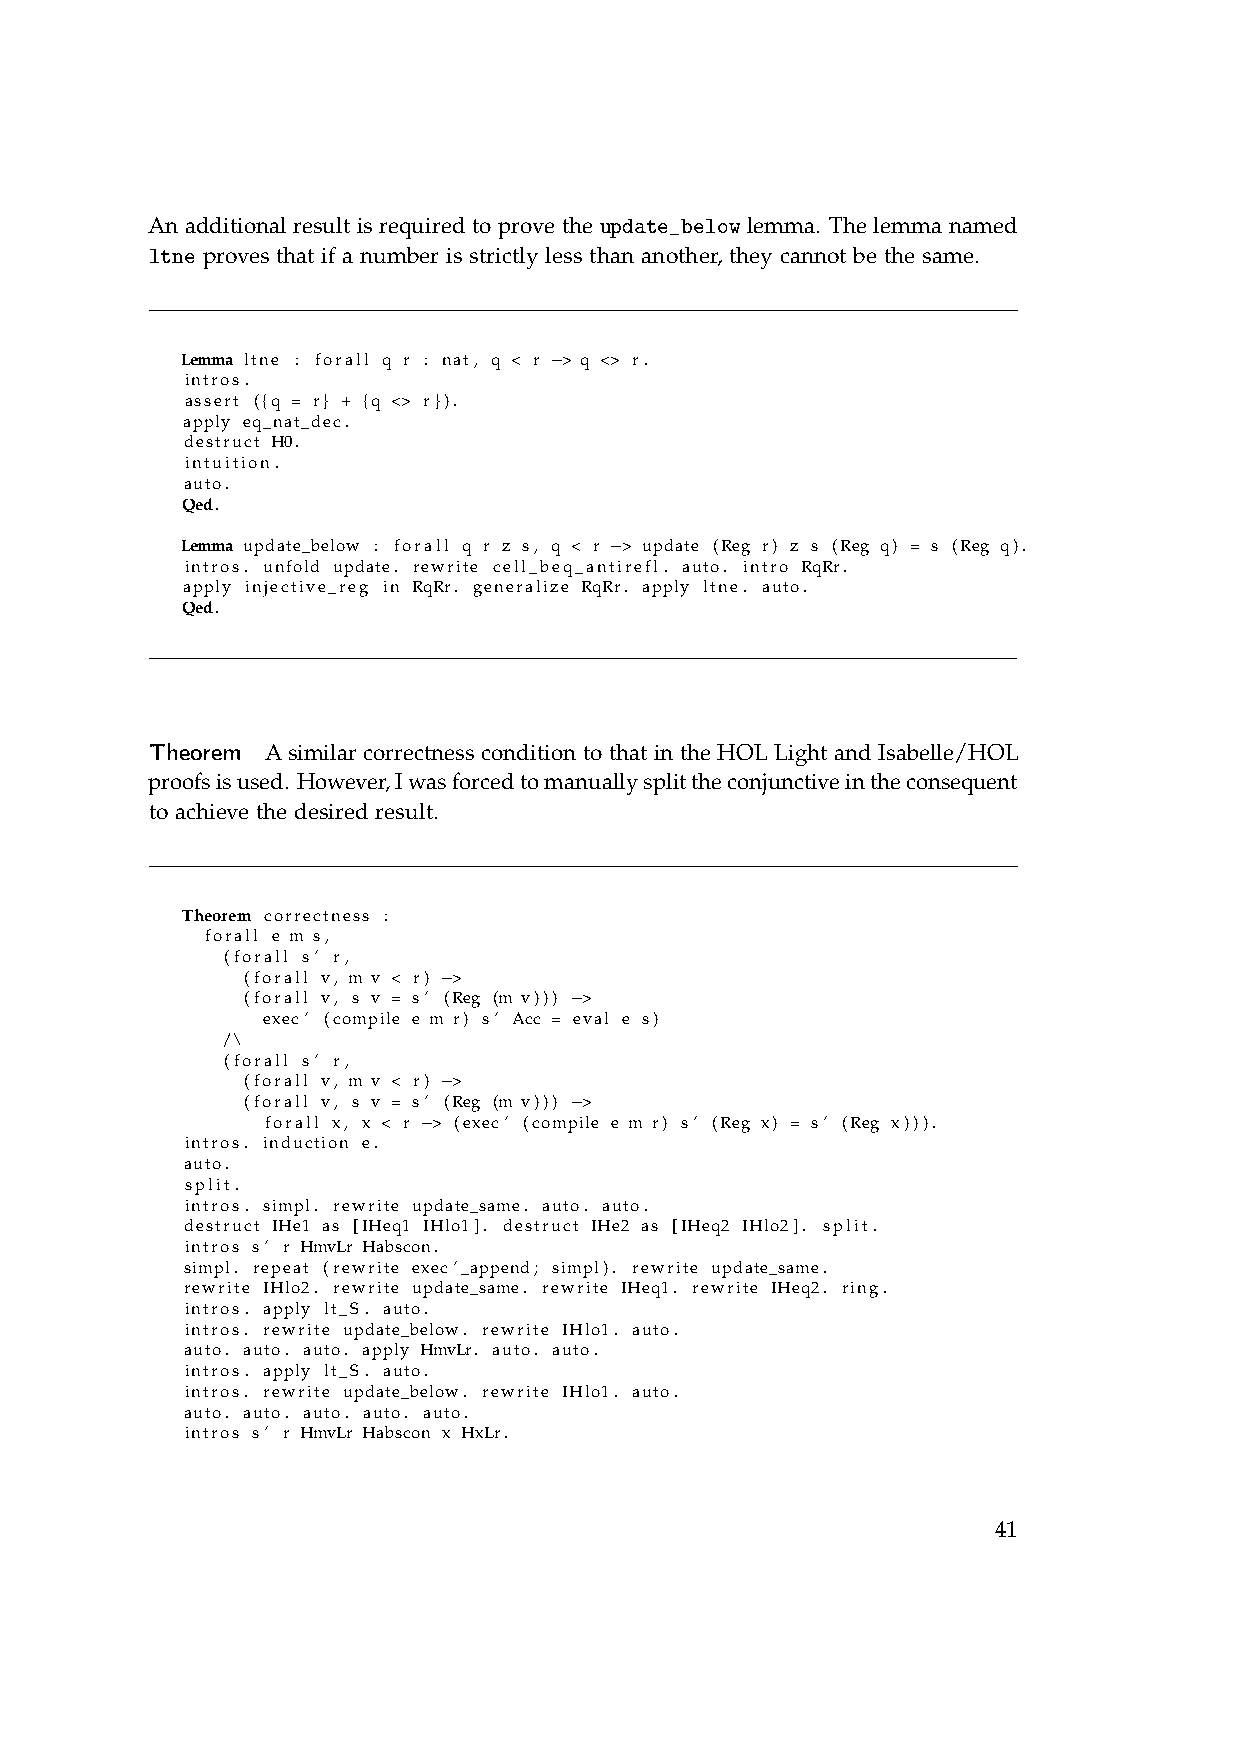
An additional result is required to prove the update_below lemma. The lemma named
 ltne proves that if a number is strictly less than another, they cannot be the same.
 Lemma ltne : forall q r : nat, q < r −> q <> r.
 intros.
 assert ({q = r} + {q <> r}).
 apply eq_nat_dec.
 destruct H0.
 intuition.
 auto.
 Qed.
 Lemma update_below : forall q r z s, q < r −> update (Reg r) z s (Reg q) = s (Reg q).
 intros. unfold update. rewrite cell_beq_antirefl. auto. intro RqRr.
 apply injective_reg in RqRr. generalize RqRr. apply ltne. auto.
 Qed.
 Theorem A similar correctness condition to that in the HOL Light and Isabelle/HOL
 proofsisused. However,Iwasforcedtomanuallysplittheconjunctiveintheconsequent
 to achieve the desired result.
 Theorem correctness :
 forall e m s,
 (forall s’ r,
 (forall v, m v < r) −>
 (forall v, s v = s’ (Reg (m v))) −>
 exec’ (compile e m r) s’ Acc = eval e s)
 /\
 (forall s’ r,
 (forall v, m v < r) −>
 (forall v, s v = s’ (Reg (m v))) −>
 forall x, x < r −> (exec’ (compile e m r) s’ (Reg x) = s’ (Reg x))).
 intros. induction e.
 auto.
 split.
 intros. simpl. rewrite update_same. auto. auto.
 destruct IHe1 as [IHeq1 IHlo1]. destruct IHe2 as [IHeq2 IHlo2]. split.
 intros s’ r HmvLr Habscon.
 simpl. repeat (rewrite exec’_append; simpl). rewrite update_same.
 rewrite IHlo2. rewrite update_same. rewrite IHeq1. rewrite IHeq2. ring.
 intros. apply lt_S. auto.
 intros. rewrite update_below. rewrite IHlo1. auto.
 auto. auto. auto. apply HmvLr. auto. auto.
 intros. apply lt_S. auto.
 intros. rewrite update_below. rewrite IHlo1. auto.
 auto. auto. auto. auto. auto.
 intros s’ r HmvLr Habscon x HxLr.
 41